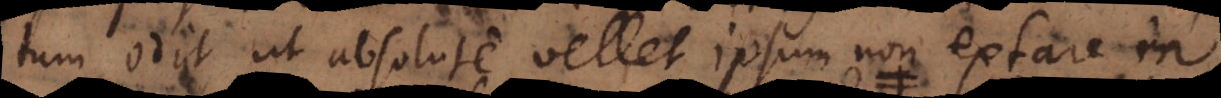
tum odit, ut absolute vellet ipsum non extare in